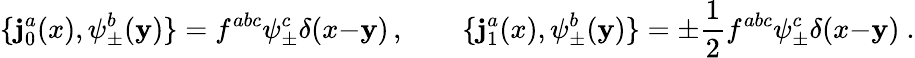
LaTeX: \{ \mathbf{j}_{0}^{a}(x),\psi_{\pm}^{b}(\mathbf{y})\} =f^{abc}\psi_{\pm}^{c}\delta(x{-}\mathbf{y})\, ,\qquad\{ \mathbf{j}_{1}^{a}(x),\psi_{\pm}^{b}(\mathbf{y})\} =\pm{\frac{{1}}{{2}}}f^{abc}\psi_{\pm}^{c}\delta(x{-}\mathbf{y})\ .